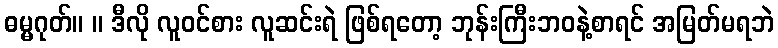
ဓမ္မဂုတ်။ ။ ဒီလို လူဝင်စား လူဆင်းရဲ ဖြစ်ရတော့ ဘုန်းကြီးဘဝနဲ့စာရင် အမြတ်မရဘဲ